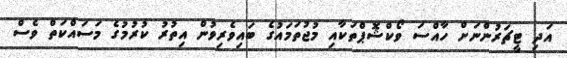
އަދި ޓީޗަރުންނަށް ހާއްސަ ވޯކްޝޮޕްތަކާއި މުޖުތަމައުގެ ބައިވެރިވުން އިތުރު ކުރުމުގެ މަސައްކަތް ވެސް